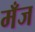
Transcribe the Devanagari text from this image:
मँज